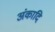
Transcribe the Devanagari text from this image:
अंकादि